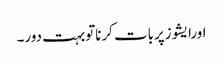
اورایشوزپربات کرناتوبہت دور۔